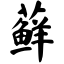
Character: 藓